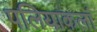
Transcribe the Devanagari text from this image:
पलियाकलां